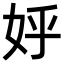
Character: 𡛚